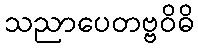
သညာပေတဗ္ဗဝိဓိ